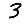
Digit: 3